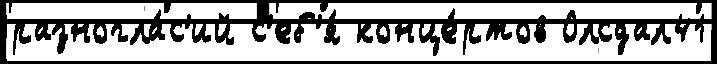
разногла́с'ий с'еб'я́ конце́ртов Олсдал41